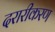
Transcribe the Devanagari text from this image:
दरारीकरण